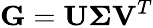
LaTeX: \mathbf{G}=\mathbf{U}\mathbf{\Sigma}\mathbf{V}^{T}